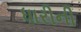
ધારીની